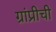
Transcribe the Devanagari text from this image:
ग्रांप्रीची